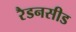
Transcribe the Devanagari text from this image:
रैडनसीड